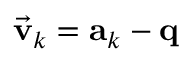
\vec { \bf v } _ { k } = { \bf a } _ { k } - { \bf q }